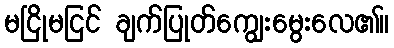
မငြိုမငြင် ချက်ပြုတ်ကျွေးမွေးလေ၏။